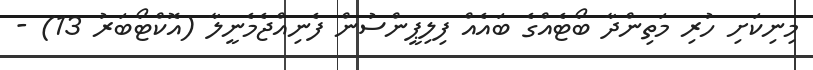
މިނިކަށި ހުރި މަތިންދާ ބޯޓެއްގެ ބައެއް ފިލިޕީންސުން ފެނިއްޖެމެނީލާ (އޮކްޓޯބަރު 13) -